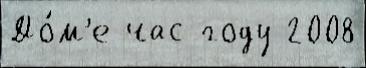
До́м'е час году 2008